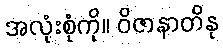
အလုံးစုံကို။ ဝိဇာနာတိနု